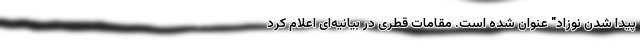
پیدا شدن نوزاد" عنوان شده است. مقامات قطری در بیانیه‌ای اعلام کرد